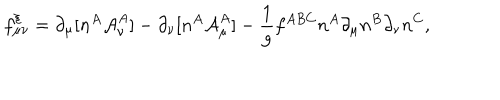
f _ { \mu \nu } ^ { \xi } = \partial _ { \mu } [ n ^ { A } { \cal A } _ { \nu } ^ { A } ] - \partial _ { \nu } [ n ^ { A } { \cal A } _ { \mu } ^ { A } ] - { \frac { 1 } { g } } f ^ { A B C } n ^ { A } \partial _ { \mu } n ^ { B } \partial _ { \nu } n ^ { C } ,